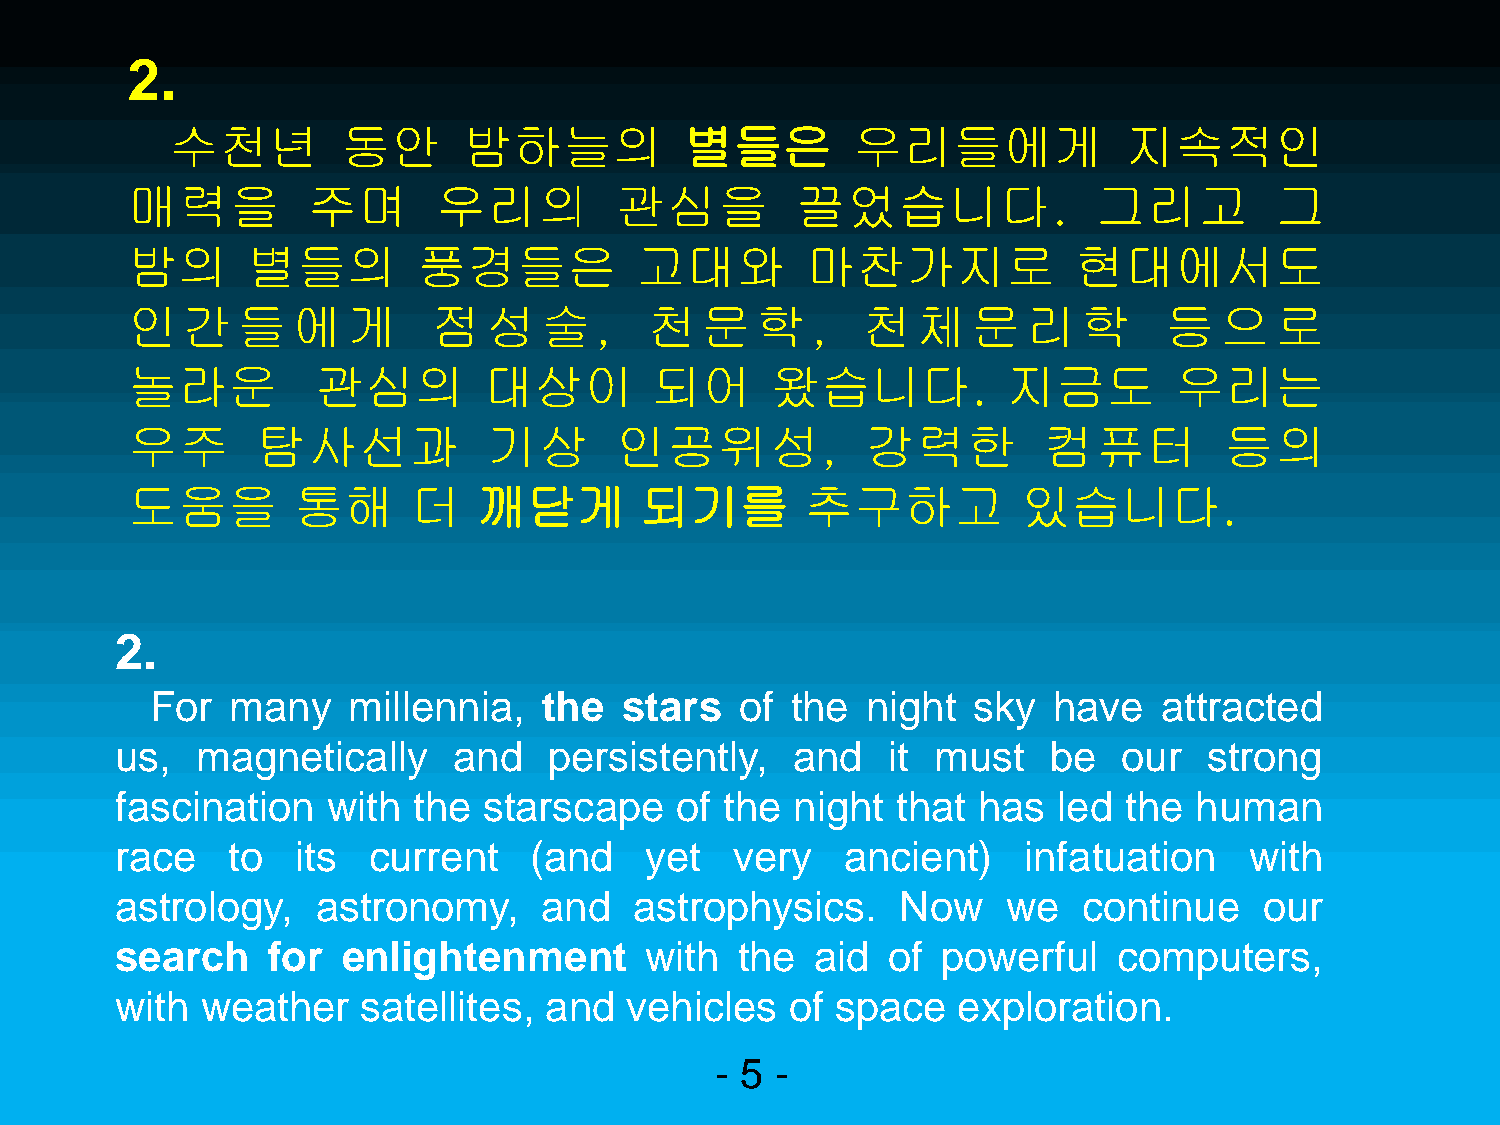
2.
 수천년         동안      밤하늘의          별들은         우리들에게            지속적인
 매력을         주며       우리의         관심을         끌었습니다.              그리고        그
 밤의      별들의         풍경들은          고대와        마찬가지로             현대에서도
 인간들에게                점성술,          천문학,          천체문리학               등으로
 놀라운          관심의        대상이        되어      왔습니다.           지금도        우리는
 우주       탐사선과           기상       인공위성,           강력한         컴퓨터         등의
 도움을        통해      더    깨닫게       되기를        추구하고           있습니다.
 2.
 For  many    millennia,   the  stars   of the  night  sky   have   attracted
 us,  magnetically     and   persistently,   and    it must   be   our   strong
 fascination   with the  starscape    of the  night that  has  led the  human
 race   to   its current    (and    yet   very   ancient)    infatuation    with
 astrology,   astronomy,     and   astrophysics.     Now    we   continue    our
 search    for  enlightenment       with  the  aid  of powerful    computers,
 with weather    satellites, and  vehicles   of space   exploration.
 - 5 -